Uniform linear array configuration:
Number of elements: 64
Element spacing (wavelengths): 0.75
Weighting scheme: kaiser
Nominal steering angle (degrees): -60
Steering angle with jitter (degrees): -61.193
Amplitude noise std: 0.05
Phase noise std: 0.05

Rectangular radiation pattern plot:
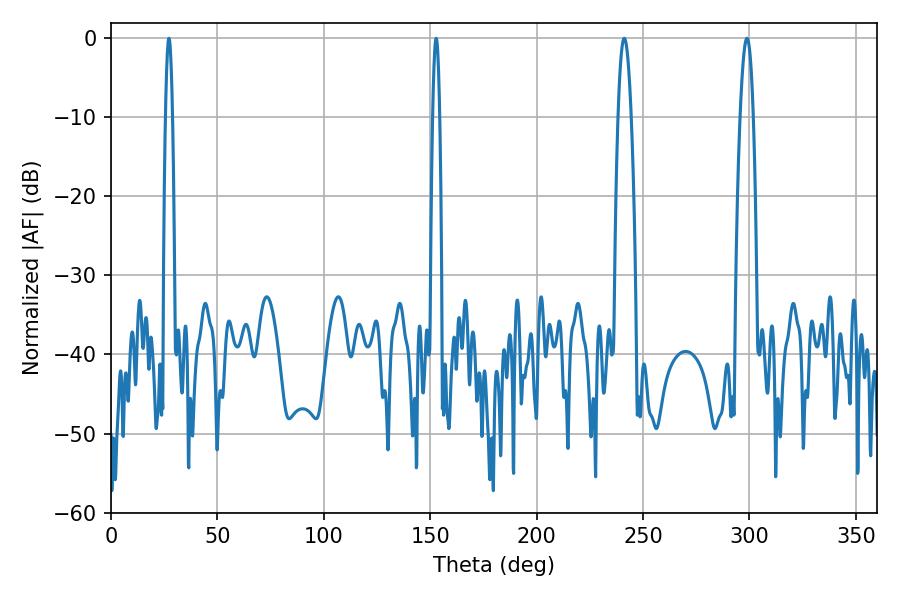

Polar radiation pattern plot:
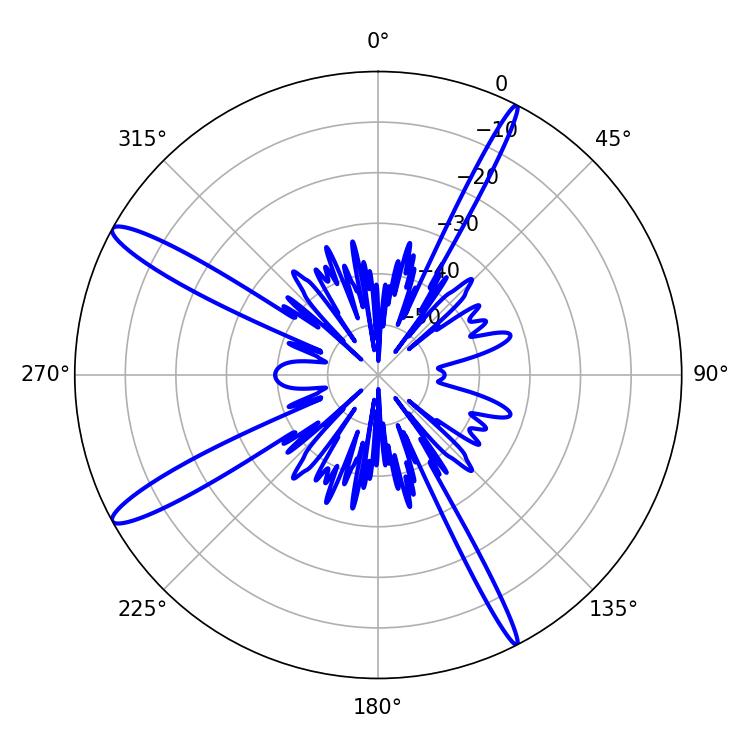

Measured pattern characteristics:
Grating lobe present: TRUE
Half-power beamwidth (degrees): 3.24
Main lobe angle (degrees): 298.8